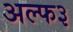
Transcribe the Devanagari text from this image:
अल्फ३